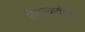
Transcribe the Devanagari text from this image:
तेलगळतीचा